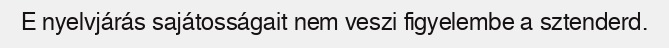
E nyelvjárás sajátosságait nem veszi figyelembe a sztenderd.